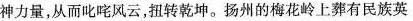
神力量，从而叱咤风云，扭转乾坤。扬州的梅花岭上葬有民族英